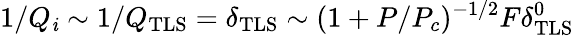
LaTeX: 1/Q_{\mathit{i}}\sim1/Q_{\mathrm{{TLS}}}=\delta_{\mathrm{{TLS}}}\sim(1+P/P_{c})^{-1/2}F\delta_{\mathrm{{TLS}}}^{0}